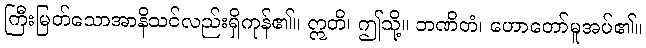
ကြီးမြတ်သောအာနိသင်လည်းရှိကုန်၏။ ဣတိ၊ ဤသို့။ ဘဏိတံ၊ ဟောတော်မူအပ်၏။